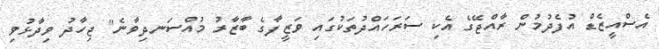
އެސްއީޒެޑް އުފެދުމުން ރާއްޖޭގެ އެކި ސަރަހައްދުތަކުގައި ވަޒީފާގެ ބާޒާރު މުއްސަނދިވާނެ" ޖިހާދު ވިދާޅުވި